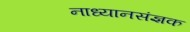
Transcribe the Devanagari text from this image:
नाध्यानसंज्ञक